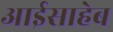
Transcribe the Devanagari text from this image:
आईसाहेब